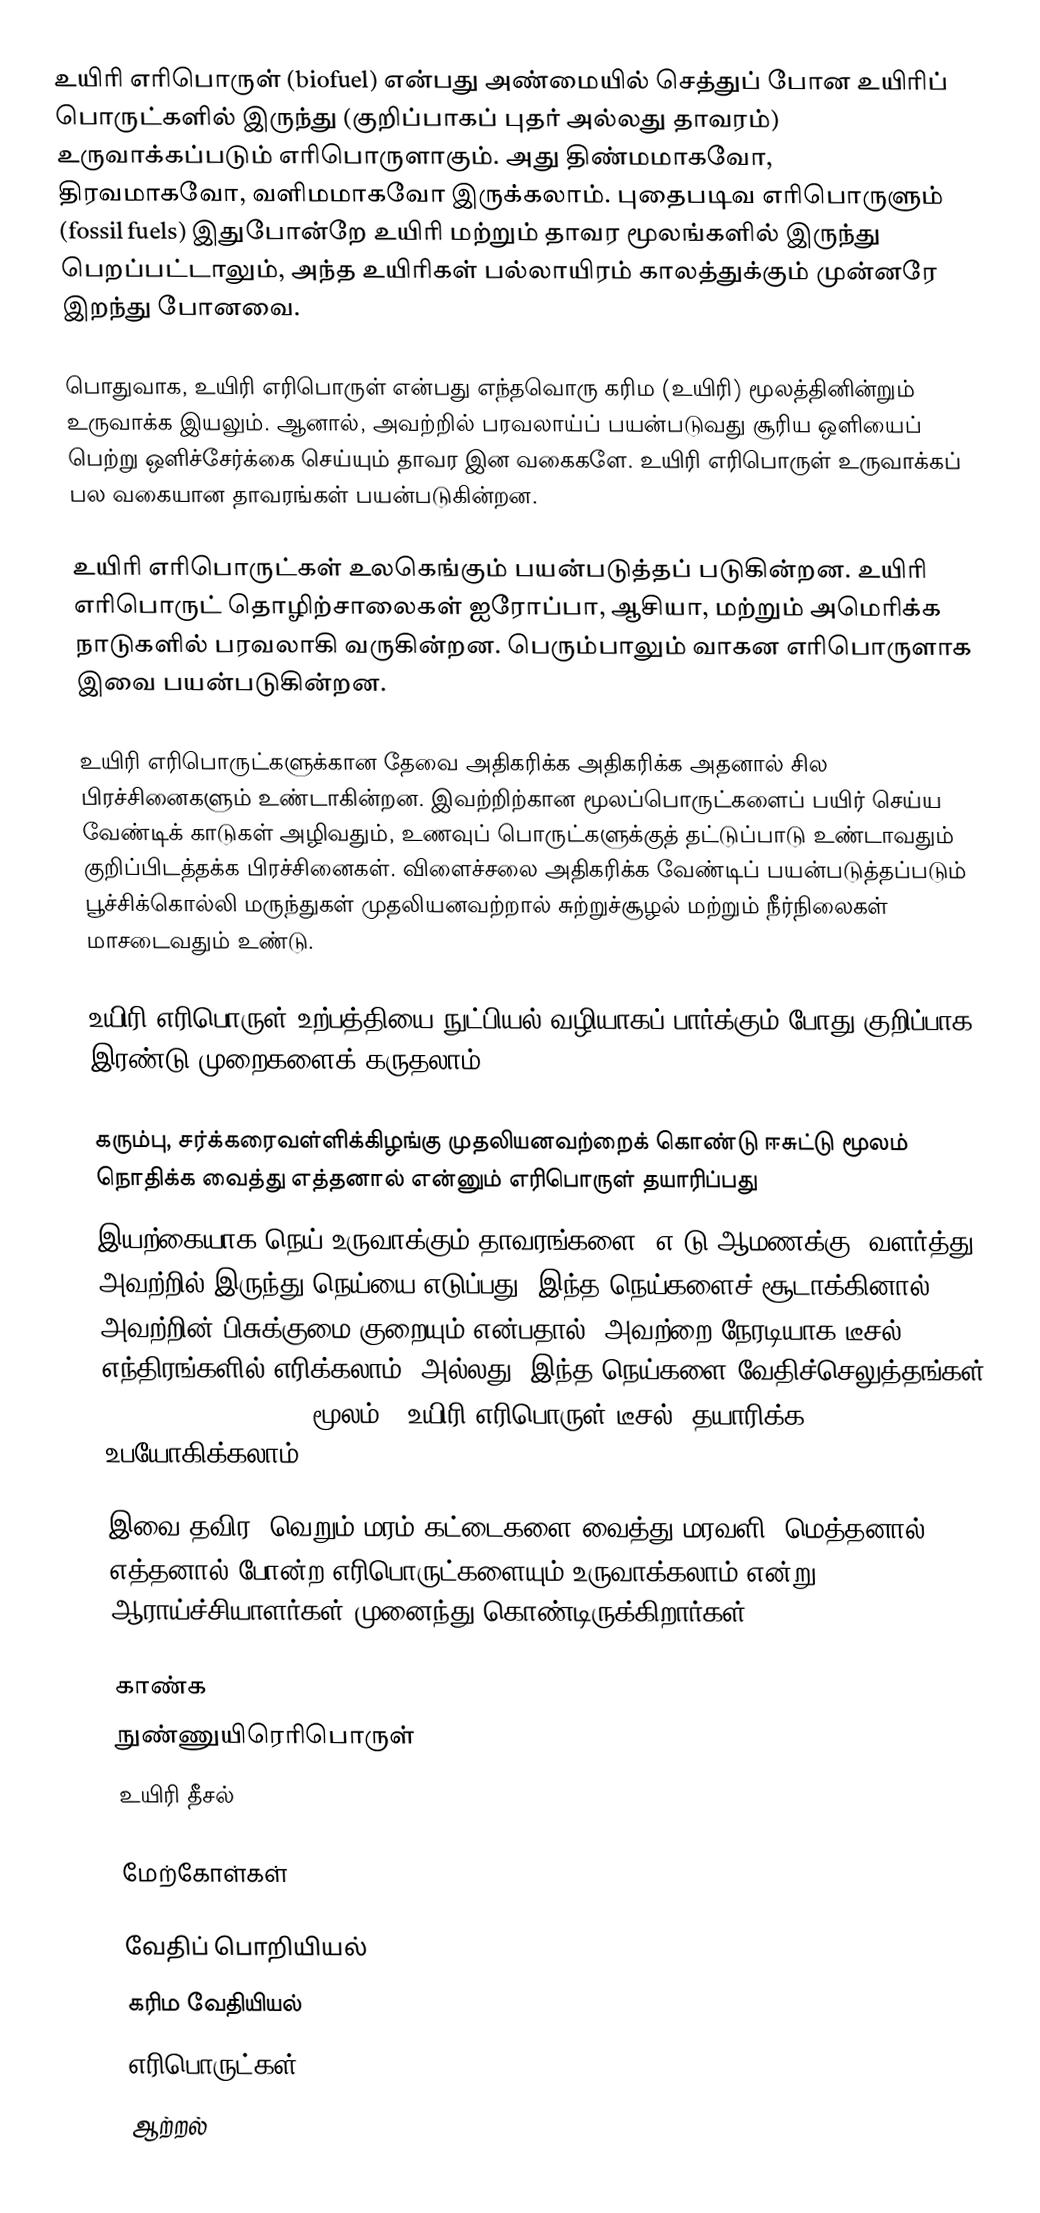
உயிரி எரிபொருள் (biofuel) என்பது அண்மையில் செத்துப் போன உயிரிப் பொருட்களில் இருந்து (குறிப்பாகப் புதர் அல்லது தாவரம்) உருவாக்கப்படும் எரிபொருளாகும். அது திண்மமாகவோ, திரவமாகவோ, வளிமமாகவோ இருக்கலாம். புதைபடிவ எரிபொருளும் (fossil fuels) இதுபோன்றே உயிரி மற்றும் தாவர மூலங்களில் இருந்து பெறப்பட்டாலும், அந்த உயிரிகள் பல்லாயிரம் காலத்துக்கும் முன்னரே இறந்து போனவை.

பொதுவாக, உயிரி எரிபொருள் என்பது எந்தவொரு கரிம (உயிரி) மூலத்தினின்றும் உருவாக்க இயலும். ஆனால், அவற்றில் பரவலாய்ப் பயன்படுவது சூரிய ஒளியைப் பெற்று ஒளிச்சேர்க்கை செய்யும் தாவர இன வகைகளே. உயிரி எரிபொருள் உருவாக்கப் பல வகையான தாவரங்கள் பயன்படுகின்றன.

உயிரி எரிபொருட்கள் உலகெங்கும் பயன்படுத்தப் படுகின்றன. உயிரி எரிபொருட் தொழிற்சாலைகள் ஐரோப்பா, ஆசியா, மற்றும் அமெரிக்க நாடுகளில் பரவலாகி வருகின்றன. பெரும்பாலும் வாகன எரிபொருளாக இவை பயன்படுகின்றன.

உயிரி எரிபொருட்களுக்கான தேவை அதிகரிக்க அதிகரிக்க அதனால் சில பிரச்சினைகளும் உண்டாகின்றன. இவற்றிற்கான மூலப்பொருட்களைப் பயிர் செய்ய வேண்டிக் காடுகள் அழிவதும், உணவுப் பொருட்களுக்குத் தட்டுப்பாடு உண்டாவதும் குறிப்பிடத்தக்க பிரச்சினைகள். விளைச்சலை அதிகரிக்க வேண்டிப் பயன்படுத்தப்படும் பூச்சிக்கொல்லி மருந்துகள் முதலியனவற்றால் சுற்றுச்சூழல் மற்றும் நீர்நிலைகள் மாசடைவதும் உண்டு.

உயிரி எரிபொருள் உற்பத்தியை நுட்பியல் வழியாகப் பார்க்கும் போது குறிப்பாக இரண்டு முறைகளைக் கருதலாம்.

 கரும்பு, சர்க்கரைவள்ளிக்கிழங்கு முதலியனவற்றைக் கொண்டு ஈசுட்டு மூலம் நொதிக்க வைத்து எத்தனால் என்னும் எரிபொருள் தயாரிப்பது
 இயற்கையாக நெய் உருவாக்கும் தாவரங்களை (எ-டு ஆமணக்கு) வளர்த்து, அவற்றில் இருந்து நெய்யை எடுப்பது. இந்த நெய்களைச் சூடாக்கினால் அவற்றின் பிசுக்குமை குறையும் என்பதால், அவற்றை நேரடியாக டீசல் எந்திரங்களில் எரிக்கலாம். அல்லது, இந்த நெய்களை வேதிச்செலுத்தங்கள் (chemical processes) மூலம் [[உயிரி எரிபொருள்(டீசல்) தயாரிக்க உபயோகிக்கலாம்.

இவை தவிர, வெறும் மரம்/கட்டைகளை வைத்து மரவளி, மெத்தனால், எத்தனால் போன்ற எரிபொருட்களையும் உருவாக்கலாம் என்று ஆராய்ச்சியாளர்கள் முனைந்து கொண்டிருக்கிறார்கள்.

காண்க
 நுண்ணுயிரெரிபொருள்
 உயிரி தீசல்

மேற்கோள்கள்

வேதிப் பொறியியல்
கரிம வேதியியல்
எரிபொருட்கள்
ஆற்றல்